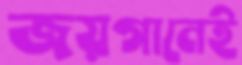
জয়গানেই